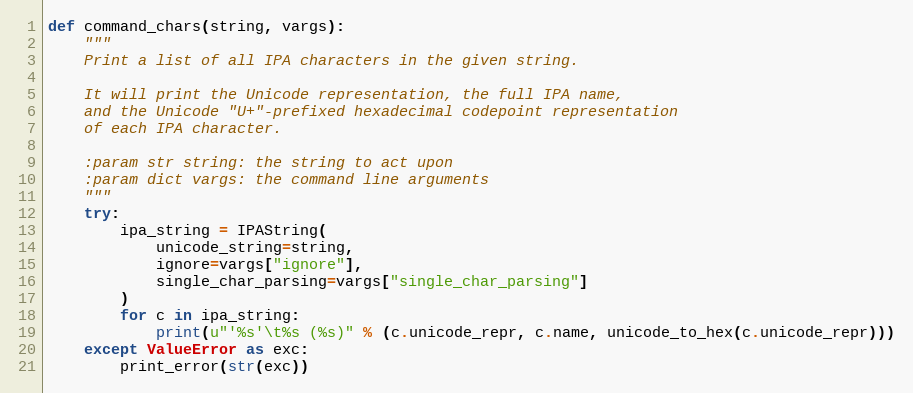
Language: Python
def command_chars(string, vargs):
    """
    Print a list of all IPA characters in the given string.

    It will print the Unicode representation, the full IPA name,
    and the Unicode "U+"-prefixed hexadecimal codepoint representation
    of each IPA character.

    :param str string: the string to act upon
    :param dict vargs: the command line arguments
    """
    try:
        ipa_string = IPAString(
            unicode_string=string,
            ignore=vargs["ignore"],
            single_char_parsing=vargs["single_char_parsing"]
        )
        for c in ipa_string:
            print(u"'%s'\t%s (%s)" % (c.unicode_repr, c.name, unicode_to_hex(c.unicode_repr)))
    except ValueError as exc:
        print_error(str(exc))